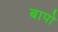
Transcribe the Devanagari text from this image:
बापो